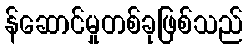
န်ဆောင်မှုတစ်ခုဖြစ်သည်